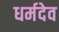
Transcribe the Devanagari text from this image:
धर्मदेव